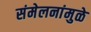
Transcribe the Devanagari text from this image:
संमेलनांमुळे